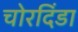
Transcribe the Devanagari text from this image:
चोरदिंडा